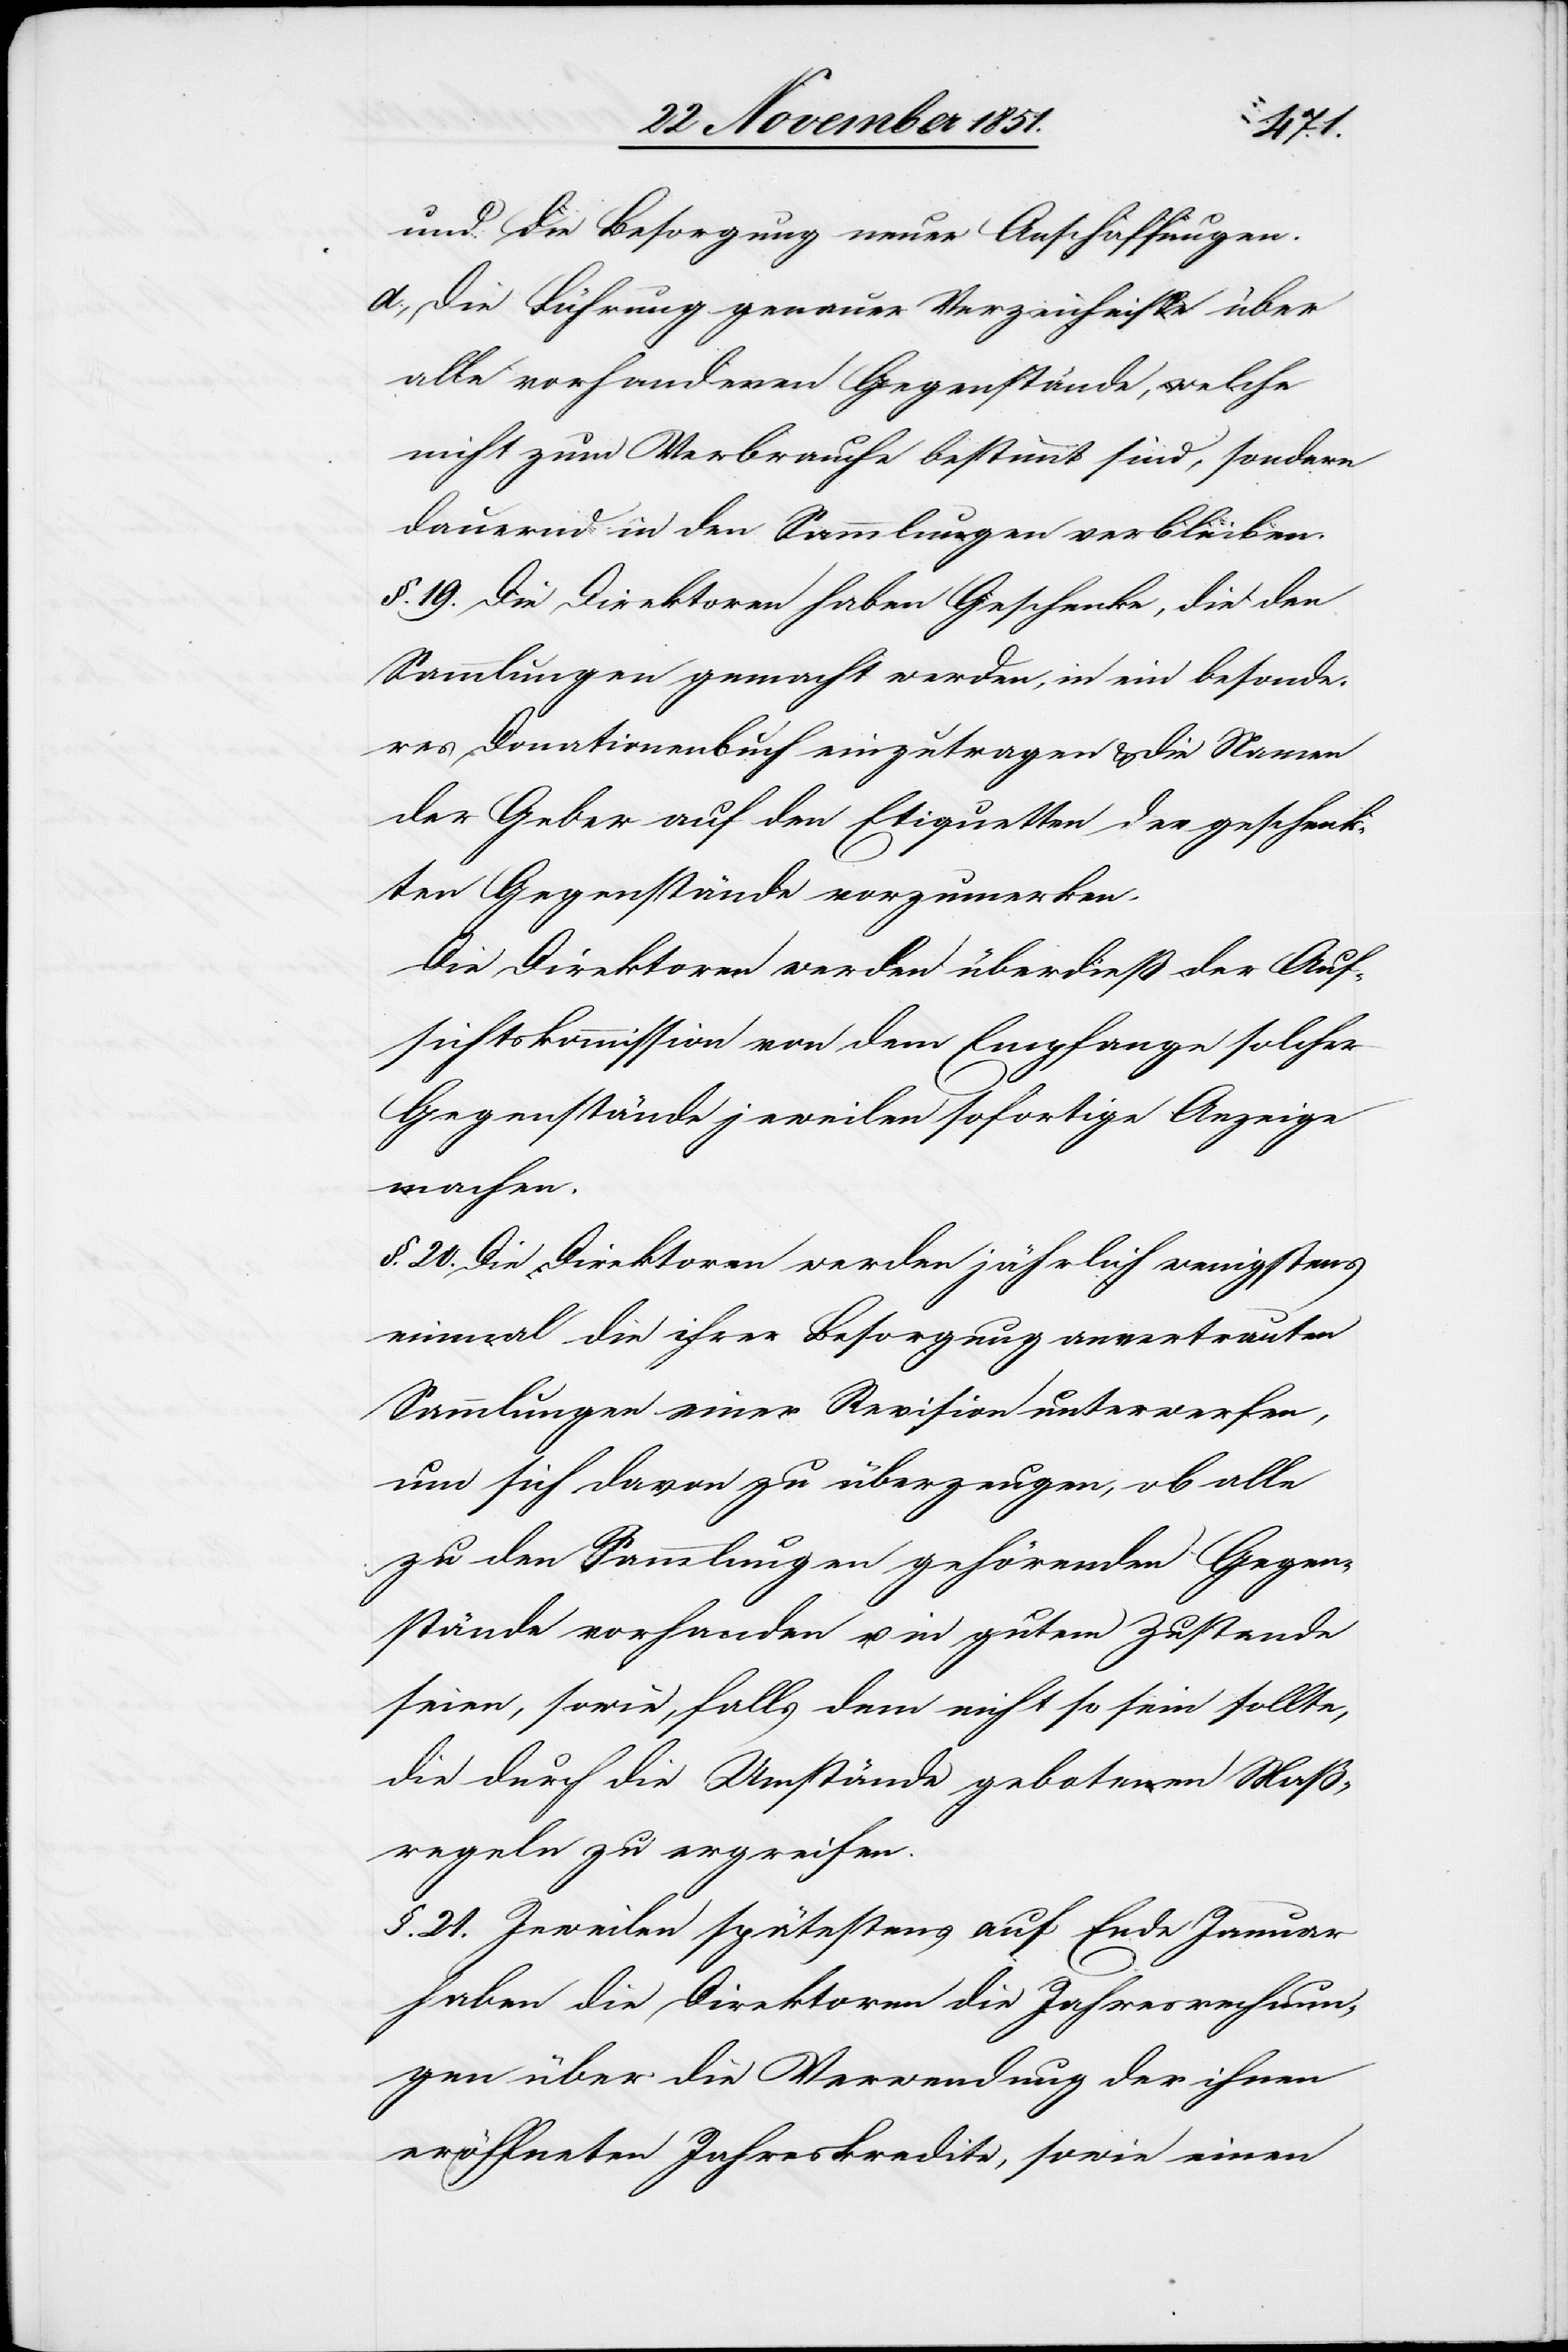
und die Besorgung neuer Anschaffungen.
Die Führung genauer Verzeichnisse über
alle vorhandenen Gegenstände, welche
nicht zum Verbrauche bestimmt sind, sondern
dauernd in den Sammlungen verbleiben.
§. 19. Die Direktoren haben Geschenke, die den
Sammlungen gemacht werden, in ein besonde¬
res Donationenbuch einzutragen & die Namen
der Geber auf den Etiquetten der geschenk¬
ten Gegenstände vorzumerken.
Die Direktoren werden überdieß der Auf¬
sichtskommission von dem Empfange solcher
Gegenstände jeweilen sofortige Anzeige
machen.
§. 20. Die Direktoren werden jährlich wenigstens
einmal die ihrer Besorgung anvertrauten
Sammlungen einer Revision unterwerfen,
um sich davon zu überzeugen, ob alle
zu den Sammlungen gehörenden Gegen¬
stände vorhanden u. in gutem Zustande
seien, sowie, falls dem nicht so sein sollte,
die durch die Umstände gebotenen Maß¬
regeln zu ergreifen.
§. 21. Jeweilen spätestens auf Ende Januar
haben die Direktoren die Jahresrechnun¬
gen über die Verwendung der ihnen
eröffneten Jahreskredite, sowie einen